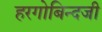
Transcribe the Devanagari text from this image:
हरगोबिन्दजी